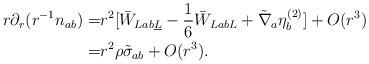
LaTeX: \begin{align*} r\partial_r (r^{-1} n_{ab}) =&r^2[\bar W_{Lab\underline L} -\frac{1}{6} \bar W_{LabL} + \tilde \nabla _a \eta^{(2)}_b]+O(r^3)\\=&r^2 \rho \tilde \sigma_{ab}+O(r^3).\end{align*}